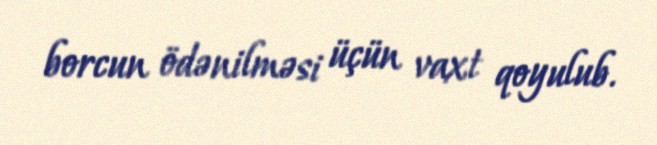
borcun ödənilməsi üçün vaxt qoyulub.